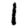
Digit: 1